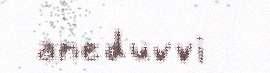
aneduvvi